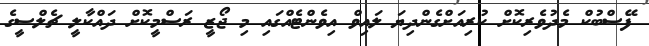
ފޭސްބުކް މެދުވެރިކޮށް ކުރިއަށްގެންދިޔަ ލައިވް އިވެންޓެއްގައި މި ޖޯޒީ ރަސްމީކޮށް ދައްކާލީ ޗެލްސީގެ